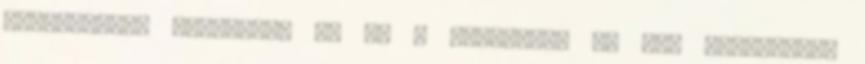
megfelelően működjön. Ha ez a beállítás be van kapcsolva,